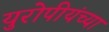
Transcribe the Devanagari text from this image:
युरोपीयंच्या